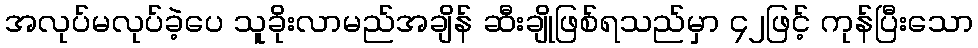
အလုပ်မလုပ်ခဲ့ပေ သူခိုးလာမည်အချိန် ဆီးချိုဖြစ်ရသည်မှာ ၄၂ဖြင့် ကုန်ပြီးသော